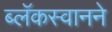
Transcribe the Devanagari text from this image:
ब्लॅकस्वानने